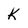
Character: K